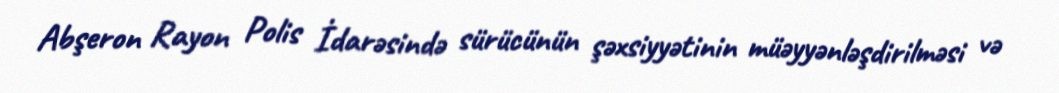
Abşeron Rayon Polis İdarəsində sürücünün şəxsiyyətinin müəyyənləşdirilməsi və